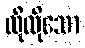
ထိုထိုသော